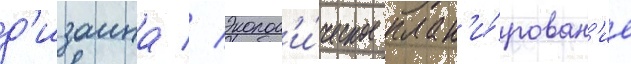
д'изаина // Эколог'и́ческое план'и́рован'ие